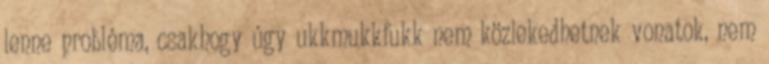
lenne probléma, csakhogy úgy ukkmukkfukk nem közlekedhetnek vonatok, nem